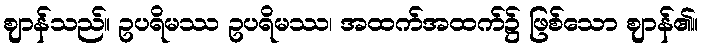
ဈာန်သည်။ ဥပရိမဿ ဥပရိမဿ၊ အထက်အထက်၌ ဖြစ်သော ဈာန်၏။